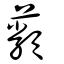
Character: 蘱